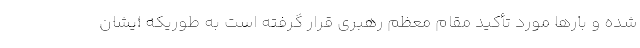
شده و بارها مورد تأکید مقام معظم رهبری قرار گرفته است به طوریکه ایشان